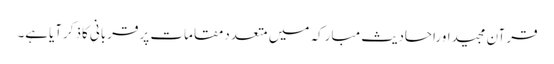
قرآن مجیداوراحادیث مبارکہ میں متعددمقامات پرقربانی کاذکرآیاہے۔